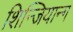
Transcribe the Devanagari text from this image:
शिन्जियान्ग